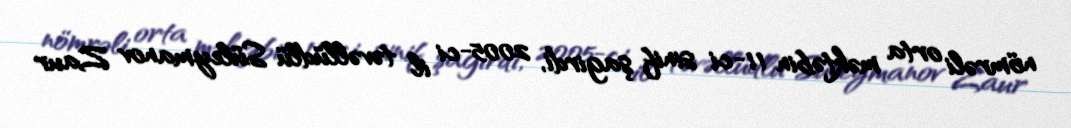
nömrəli orta məktəbin 11-ci sinif şagirdi, 2005-ci il təvəllüdlü Süleymanov Zaur